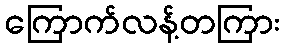
ကြောက်လန့်တကြား